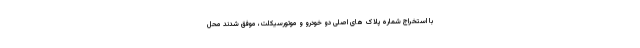
با استخراج شماره پلاک های اصلی دو خودرو و موتورسیکلت، موفق شدند محل